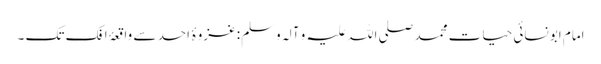
امام ابو نسائی حیات محمد صلی اللہ علیہ و آلہ وسلم: غزوۂ احد سے واقعۂ افک تک ۔